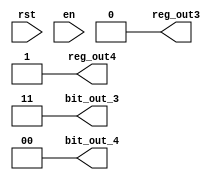
module state01(
input rst,
input en,
output [1:0] bit_out_3,
output [1:0] bit_out_4,
output reg_out3,
output reg_out4
    );
assign bit_out_3 = 2'b11;
assign bit_out_4 = 2'b00;
assign reg_out3 = 0;
assign reg_out4 = 1;
endmodule